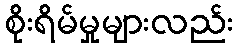
စိုးရိမ်မှုများလည်း